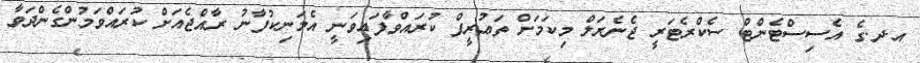
އ.ދ.ގެ އެސިސްޓެންޓް ސެކްރެޓަރީ ޖެނެރަލް މިކަމަށް ތަޢުރީފް ކުރައްވާފައިވަނީ އެމަނިކުފާނު ރާއްޖެއަށް ކުރައްވަމުންގެންދަވާ